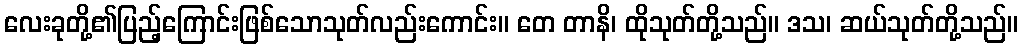
လေးခုတို့၏ပြည့်ကြောင်းဖြစ်သောသုတ်လည်းကောင်း။ တေ တာနိ၊ ထိုသုတ်တို့သည်။ ဒသ၊ ဆယ်သုတ်တို့သည်။